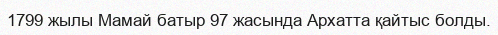
1799 жылы Мамай батыр 97 жасында Архатта қайтыс болды.